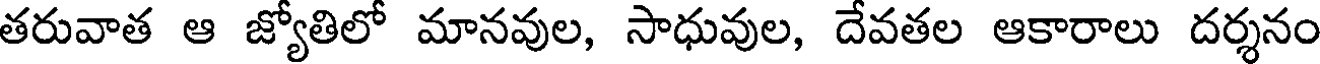
తరువాత ఆ జ్యోతిలో మానవుల, సాధువుల, దేవతల ఆకారాలు దర్శనం